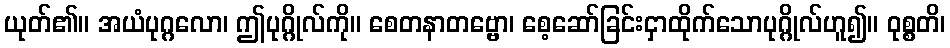
ယုတ်၏။ အယံပုဂ္ဂလော၊ ဤပုဂ္ဂိုလ်ကို။ စေတနာတဗ္ဗော၊ စေ့ဆော်ခြင်းငှာထိုက်သောပုဂ္ဂိုလ်ဟူ၍။ ဝုစ္စတိ၊